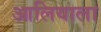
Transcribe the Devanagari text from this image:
आलियाला